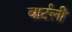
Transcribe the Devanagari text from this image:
बार्टली